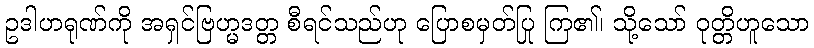
ဥဒါဟရုဏ်ကို အရှင်ဗြဟ္မဒတ္တ စီရင်သည်ဟု ပြောစမှတ်ပြု ကြ၏၊ သို့သော် ဝုတ္တိဟူသော